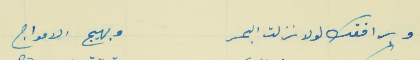
وبرافقك لولا نزلت البحر                                      وبهيج الامواج